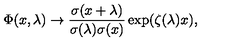
\Phi ( x , \lambda ) \rightarrow { \frac { \sigma ( x + \lambda ) } { { \sigma ( \lambda ) \sigma ( x ) } } } \exp ( { \zeta ( \lambda ) x } ) ,